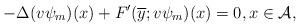
LaTeX: \begin{align*}-\Delta(v\psi_{m})(x) + F'(\overline{y};v\psi_{m})(x)=0, x\in \mathcal{A}, \end{align*}